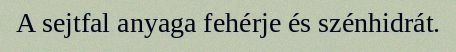
A sejtfal anyaga fehérje és szénhidrát.